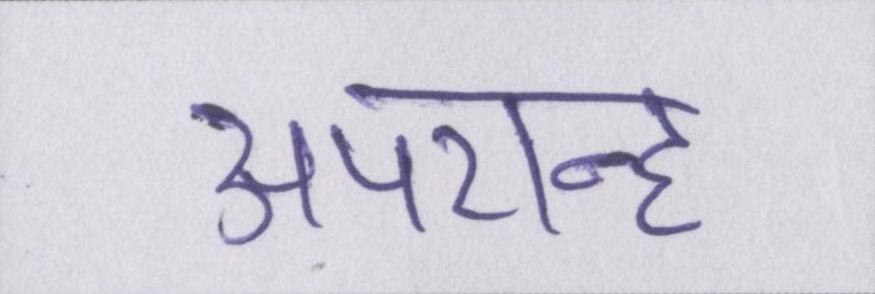
अपरान्ह